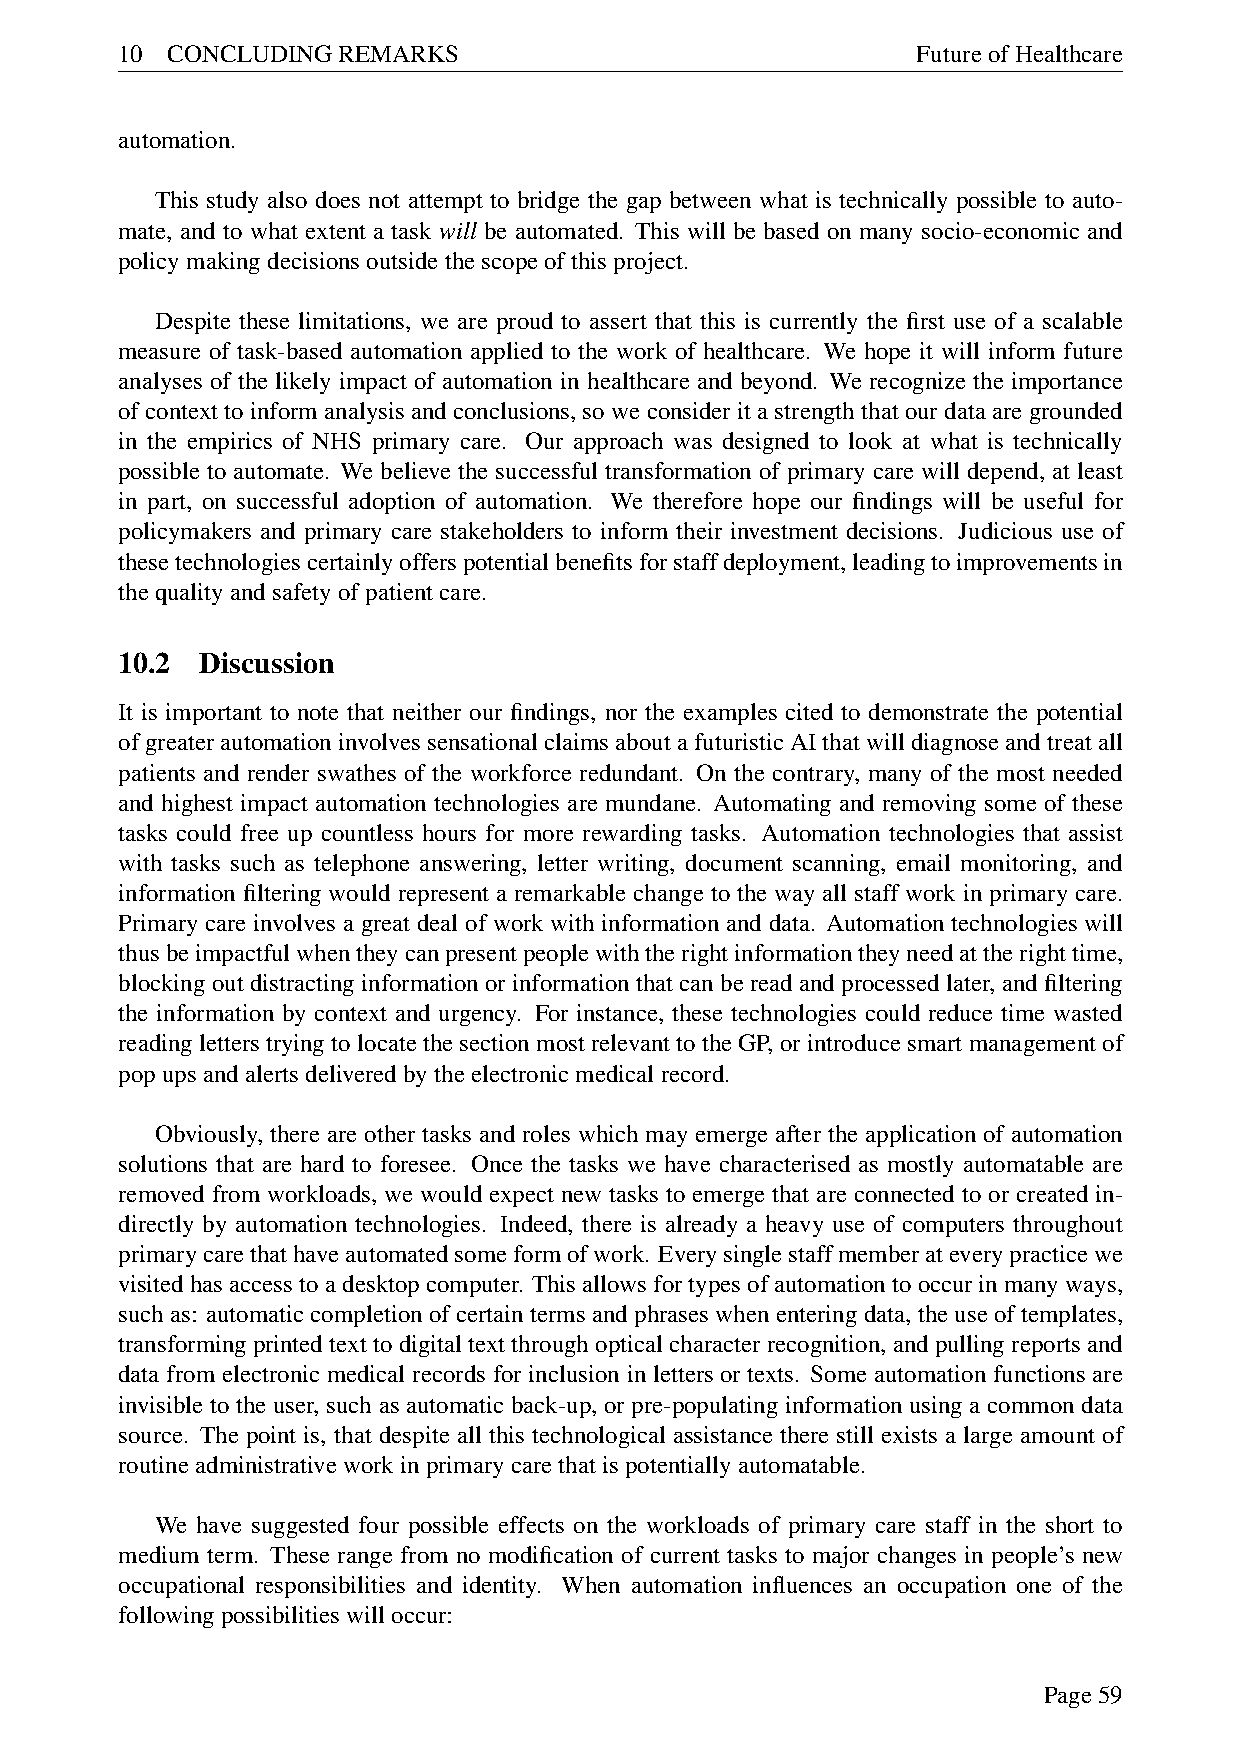
10 CONCLUDINGREMARKS                                 FutureofHealthcare
 automation.
 This study also does not attempt to bridge the gap between what is technically possible to auto-
 mate, and to what extent a task will be automated. This will be based on many socio-economic and
 policymakingdecisionsoutsidethescopeofthisproject.
 Despite these limitations, we are proud to assert that this is currently the first use of a scalable
 measure of task-based automation applied to the work of healthcare. We hope it will inform future
 analyses of the likely impact of automation in healthcare and beyond. We recognize the importance
 ofcontexttoinformanalysisandconclusions,soweconsideritastrengththatourdataaregrounded
 in the empirics of NHS primary care. Our approach was designed to look at what is technically
 possible to automate. We believe the successful transformation of primary care will depend, at least
 in part, on successful adoption of automation. We therefore hope our findings will be useful for
 policymakers and primary care stakeholders to inform their investment decisions. Judicious use of
 thesetechnologiescertainlyofferspotentialbenefitsforstaffdeployment,leadingtoimprovementsin
 thequalityandsafetyofpatientcare.
 10.2 Discussion
 It is important to note that neither our findings, nor the examples cited to demonstrate the potential
 ofgreaterautomationinvolvessensationalclaimsaboutafuturisticAIthatwilldiagnoseandtreatall
 patients and render swathes of the workforce redundant. On the contrary, many of the most needed
 and highest impact automation technologies are mundane. Automating and removing some of these
 tasks could free up countless hours for more rewarding tasks. Automation technologies that assist
 with tasks such as telephone answering, letter writing, document scanning, email monitoring, and
 information filtering would represent a remarkable change to the way all staff work in primary care.
 Primary care involves a great deal of work with information and data. Automation technologies will
 thusbeimpactfulwhentheycanpresentpeoplewiththerightinformationtheyneedattherighttime,
 blockingoutdistractinginformationorinformationthatcanbereadandprocessedlater,andfiltering
 the information by context and urgency. For instance, these technologies could reduce time wasted
 readingletterstryingtolocatethesectionmostrelevanttotheGP,orintroducesmartmanagementof
 popupsandalertsdeliveredbytheelectronicmedicalrecord.
 Obviously, there are other tasks and roles which may emerge after the application of automation
 solutions that are hard to foresee. Once the tasks we have characterised as mostly automatable are
 removed from workloads, we would expect new tasks to emerge that are connected to or created in-
 directly by automation technologies. Indeed, there is already a heavy use of computers throughout
 primarycarethathaveautomatedsomeformofwork. Everysinglestaffmemberateverypracticewe
 visitedhasaccesstoadesktopcomputer. Thisallowsfortypesofautomationtooccurinmanyways,
 such as: automatic completion of certain terms and phrases when entering data, the use of templates,
 transformingprintedtexttodigitaltextthroughopticalcharacterrecognition,andpullingreportsand
 data from electronic medical records for inclusion in letters or texts. Some automation functions are
 invisible to the user, such as automatic back-up, or pre-populating information using a common data
 source. The point is, that despite all this technological assistance there still exists a large amount of
 routineadministrativeworkinprimarycarethatispotentiallyautomatable.
 We have suggested four possible effects on the workloads of primary care staff in the short to
 medium term. These range from no modification of current tasks to major changes in people’s new
 occupational responsibilities and identity. When automation influences an occupation one of the
 followingpossibilitieswilloccur:
 Page59